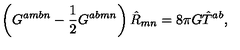
\left( G ^ { a m b n } - \frac { 1 } { 2 } G ^ { a b m n } \right) \hat { R } _ { m n } = 8 \pi G \hat { T } ^ { a b } ,